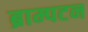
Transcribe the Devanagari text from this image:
ब्राम्पटन